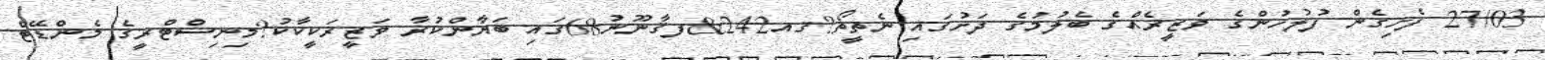
27/03 ފެށިގެން ފުލުހުންގެ ވަޒީރެއްގެ ބެލުމުގެ ދަށުގައި ނެތީތޯ?ޤއ242&ފޤާނޫނު68ގައި ބަޔާންކުރާ ވަޒީރަކީކާކު?މިނިސްޓްރީގެ މެންޑޭޓް